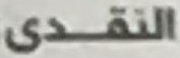
النقدى